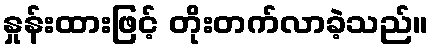
နှုန်းထားဖြင့် တိုးတက်လာခဲ့သည်။